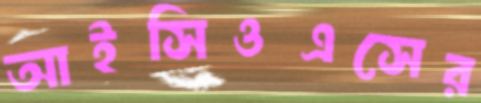
আইসিওএসের